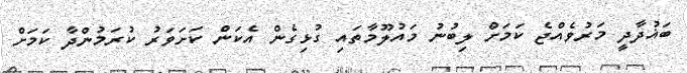
ބަޣުދާދީ މަރުވެއްޖެ ކަމަށް ލިބުނު މައުލޫމާތައި ގުޅިގެން އެކަން ކަށަވަރު ކުރަމުންދާ ކަމަށް